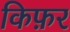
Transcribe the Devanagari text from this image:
किफ़र